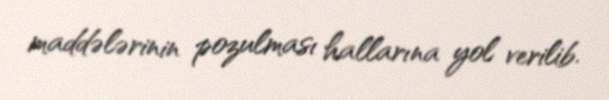
maddələrinin pozulması hallarına yol verilib.